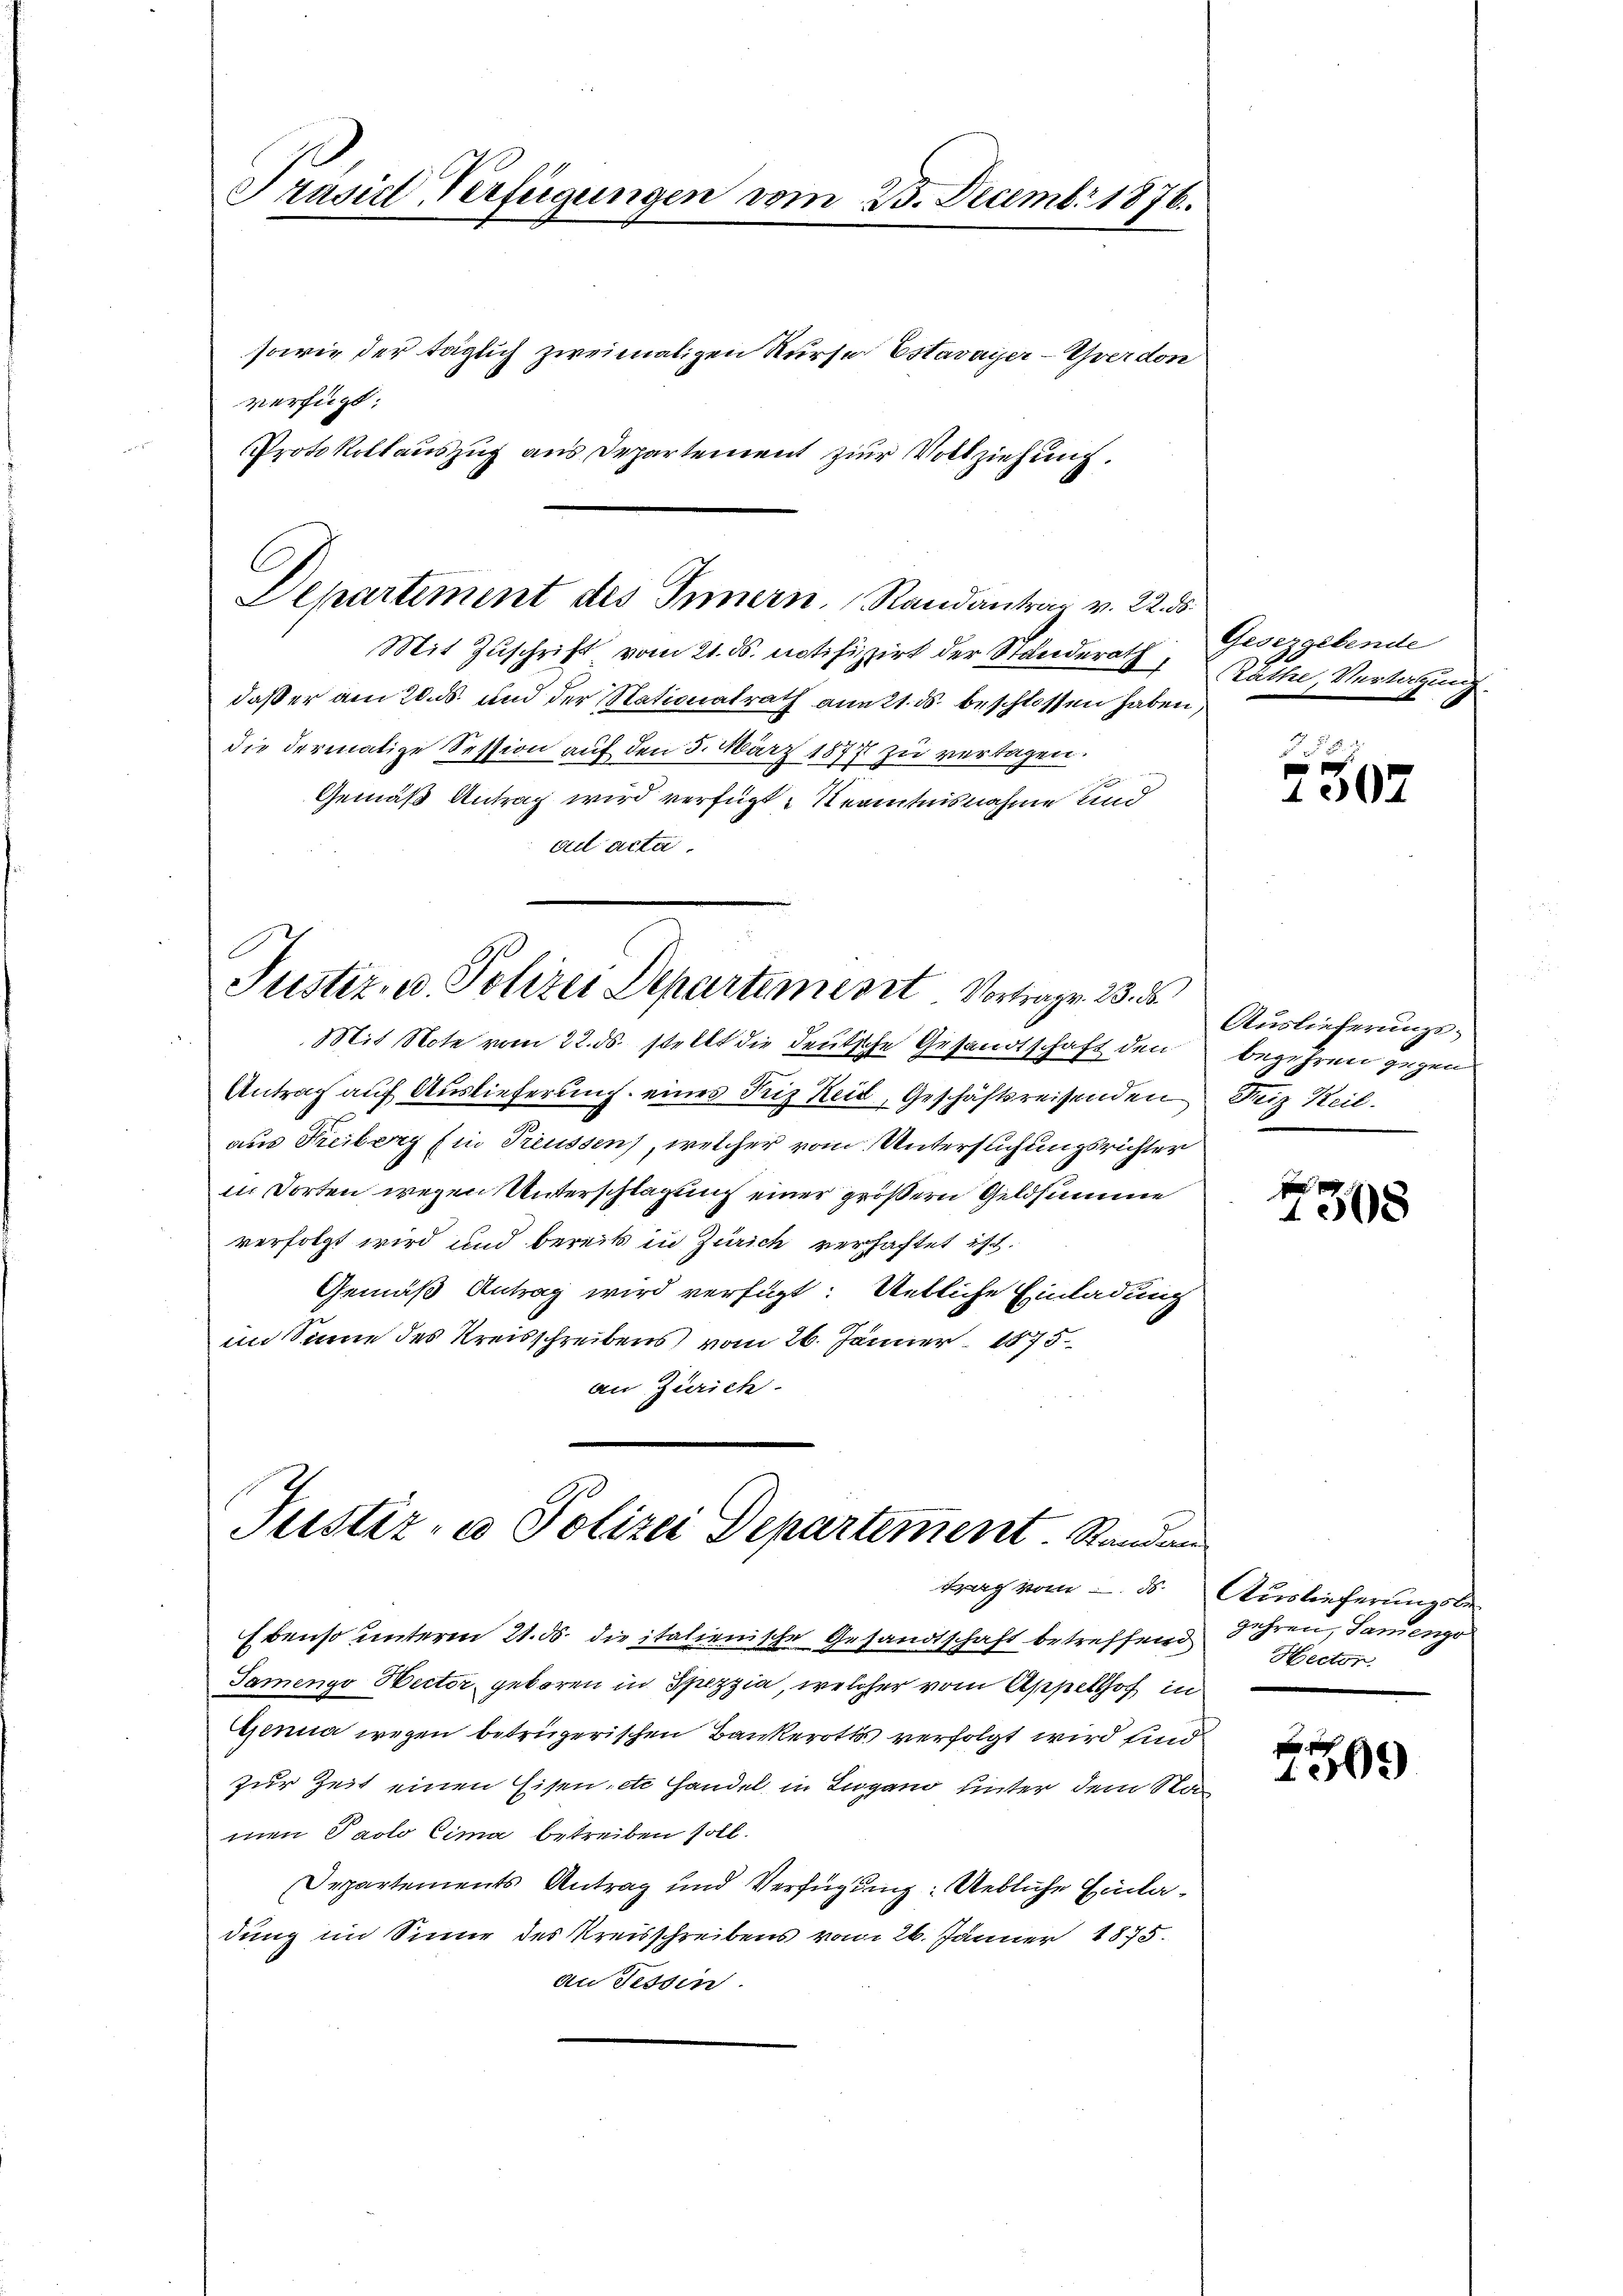
Präsid Verfügungen vom 23. Decembr 1876.
sowie der täglich zweimaligen Kurse Estavayer Yverdon
verfügt:
Protokollauszug aus Departement zur Vollziehung.

C
Departement des Innern. Randantrag v. 22. ds

Mit Zuschrift vom 21. ds. notifizirt der Standerath,
daß er am 20. ds. und der Nationalrath anett. ds. beschlossen haben,
die dermalige Session auf den 5. März 1877 zu vertagen.
Gemäß Antrag wird verfügt, Kenntnisnahme und
ail acta

Justiz- u. Polizei Departement Vortrage 23. d.

Mit Note vom 22. ds. stellt die deutsche Gesandtschaft den begehren gegen

Justiz- u Polizei Departement. Randen

Gesezgebende
Räthe, Vertagung.

Antrag auf Auslieferung eines Friz Heid, Geschäftsreisenden Reiz Heil.
aus Freiberg Ein Treussen, welcher vom Untersuchungsrichter
in Dorten wegen Unterschlagung einer größern Geldsumme
verfolgt wird und bereits in Zürich verhaftet ist.
Gemäß Antrag wird verfügt: Uetliche Einladung
im Sinne des Kreisschreibens vom 26. Jänner 1875
an Zürich.

Ebenso unterm 21. ds. die italienische Gesandtschaft betreffend Jahren, Sanengo
Samengo Hector geboren in Spezzia, welcher vom Appellhof in
Genua wegen betrügerischen Bankerotts verfolgt wird sind
zur Zeit einen Eisen etc Handel in Lugano unter dem Stan
men Paolo Cima betreiben soll.
Departements Antrag und Verfügung: Uebliche Einladung im Sinne des Kreisschreibens vom 26. Jänner 1875.
an Tessin.

758. 2

1007

Auslieferungs¬

4
1508

i
tag vom 8. Auslieferungsbe¬
Nector.

1009